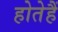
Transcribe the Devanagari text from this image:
होतेहैं